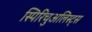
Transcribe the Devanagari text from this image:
स्पिरिचुअलिस्ट्स